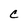
Character: C